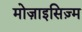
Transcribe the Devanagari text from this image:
मोज़ाइसिज़्म